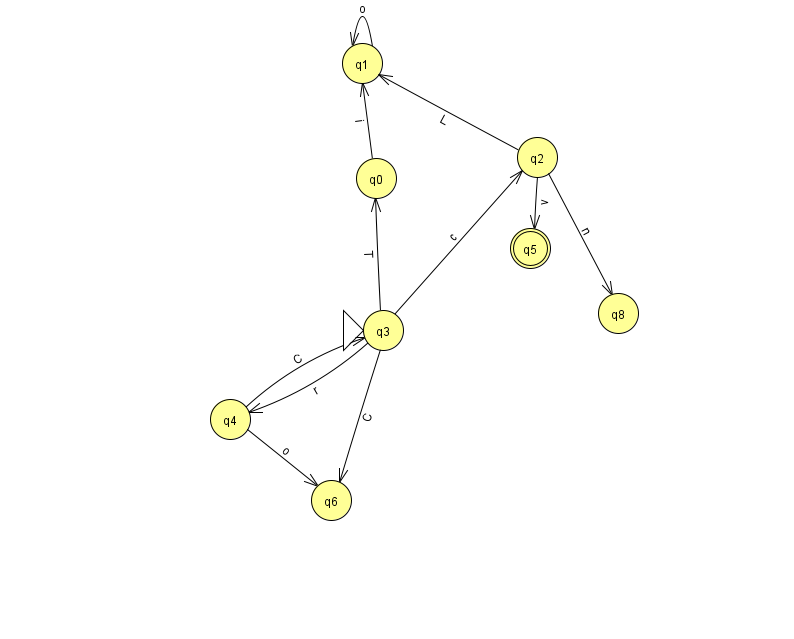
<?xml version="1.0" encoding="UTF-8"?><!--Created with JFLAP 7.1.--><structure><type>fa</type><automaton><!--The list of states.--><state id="0" name="q0"><x>376.0</x><y>165.0</y></state><state id="1" name="q1"><x>362.0</x><y>50.0</y></state><state id="2" name="q2"><x>537.0</x><y>144.0</y></state><state id="3" name="q3"><x>383.0</x><y>317.0</y><initial/></state><state id="4" name="q4"><x>230.0</x><y>406.0</y></state><state id="5" name="q5"><x>530.0</x><y>235.0</y><final/></state><state id="6" name="q6"><x>331.0</x><y>487.0</y></state><state id="8" name="q8"><x>618.0</x><y>300.0</y></state><!--The list of transitions.--><transition><from>3</from><to>2</to><read>c</read></transition><transition><from>3</from><to>4</to><read>r</read></transition><transition><from>2</from><to>1</to><read>L</read></transition><transition><from>4</from><to>3</to><read>C</read></transition><transition><from>4</from><to>6</to><read>o</read></transition><transition><from>0</from><to>1</to><read>i</read></transition><transition><from>2</from><to>8</to><read>n</read></transition><transition><from>2</from><to>5</to><read>v</read></transition><transition><from>3</from><to>6</to><read>C</read></transition><transition><from>1</from><to>1</to><read>o</read></transition><transition><from>3</from><to>0</to><read>T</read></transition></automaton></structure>